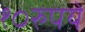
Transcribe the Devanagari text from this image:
१०रुपये